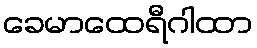
ခေမာထေရီဂါထာ